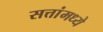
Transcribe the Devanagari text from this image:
सत्तांमध्ये